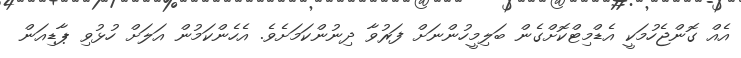
އެއް ގޮންޖެހުމަކީ އެޑްމިޓްކޮށްގެން ބަލިމީހުންނަށް ފަރުވާ ދިނުންކަމަށެވެ. އެހެންކަމުން އަލަށް ހުޅުވި ޕާޑިއަން